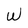
Character: W